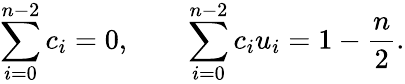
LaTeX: \sum_{i=0}^{n-2}c_{i}=0,\qquad\sum_{i=0}^{n-2}c_{i}u_{i}=1-{\frac{n}{2}}.